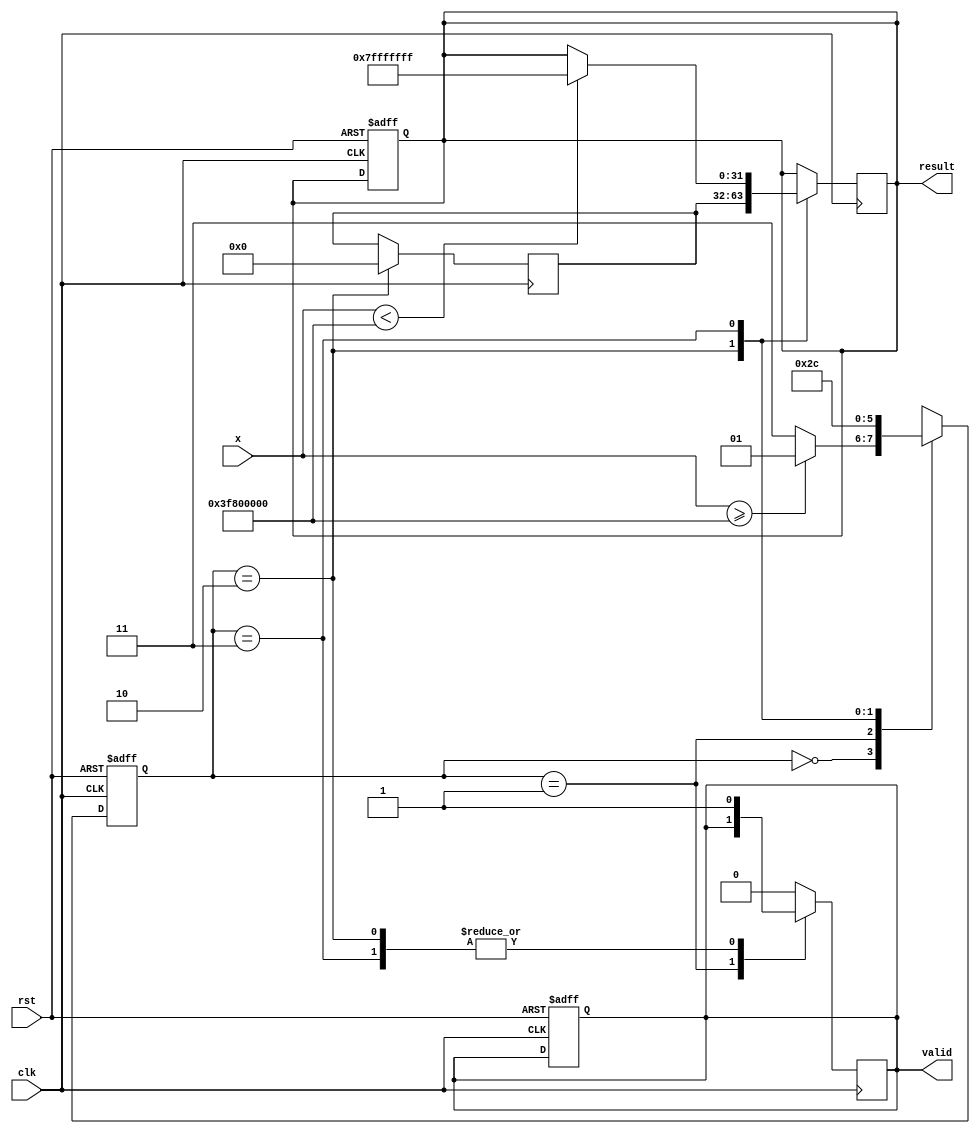
module acosh(
    input wire clk,
    input wire rst,
    input wire [31:0] x, // Input value (32-bit floating point)
    output reg [31:0] result, // Output value (32-bit floating point)
    output reg valid // Output valid signal
);

    // Internal signals
    reg [31:0] x_squared;
    reg [31:0] x_squared_minus_one;
    reg [31:0] sqrt_x_squared_minus_one;
    reg [31:0] ln_input;
    reg [31:0] ln_result;

    // State definitions
    localparam IDLE = 2'b00, CHECK = 2'b01, COMPUTE = 2'b10, DONE = 2'b11;
    reg [1:0] state, next_state;

    // Floating-point operations (simple models)
    function [31:0] float_sqrt(input [31:0] value);
        // Implement a simple floating-point square root calculation
        // This is a placeholder for actual implementation
        float_sqrt = 32'h0; // Replace with actual sqrt calculation
    endfunction

    function [31:0] float_ln(input [31:0] value);
        // Implement a simple floating-point natural logarithm calculation
        // This is a placeholder for actual implementation
        float_ln = 32'h0; // Replace with actual ln calculation
    endfunction

    // State transition
    always @(posedge clk or posedge rst) begin
        if (rst) begin
            state <= IDLE;
            valid <= 0;
            result <= 32'h0;
        end else begin
            state <= next_state;
        end
    end

    // Next state logic
    always @(*) begin
        case (state)
            IDLE: begin
                if (x >= 32'h3F800000) // Check if x >= 1.0 (in IEEE 754)
                    next_state = CHECK;
                else
                    next_state = DONE; // Invalid input
            end

            CHECK: begin
                next_state = COMPUTE;
            end

            COMPUTE: begin
                next_state = DONE;
            end

            DONE: begin
                next_state = IDLE;
            end

            default: next_state = IDLE;
        endcase
    end

    // Output logic
    always @(posedge clk) begin
        case (state)
            CHECK: begin
                x_squared <= x * x; // x^2
                x_squared_minus_one <= x_squared - 32'h3F800000; // x^2 - 1 (in IEEE 754)
            end

            COMPUTE: begin
                sqrt_x_squared_minus_one <= float_sqrt(x_squared_minus_one);
                ln_input <= x + sqrt_x_squared_minus_one; // x + sqrt(x^2 - 1)
                ln_result <= float_ln(ln_input);
                result <= ln_result;
                valid <= 1;
            end

            DONE: begin
                if (x < 32'h3F800000) begin
                    result <= 32'h7FFFFFFF; // NaN or error value
                    valid <= 1;
                end else begin
                    valid <= 1;
                end
            end

            default: begin
                valid <= 0;
            end
        endcase
    end

endmodule